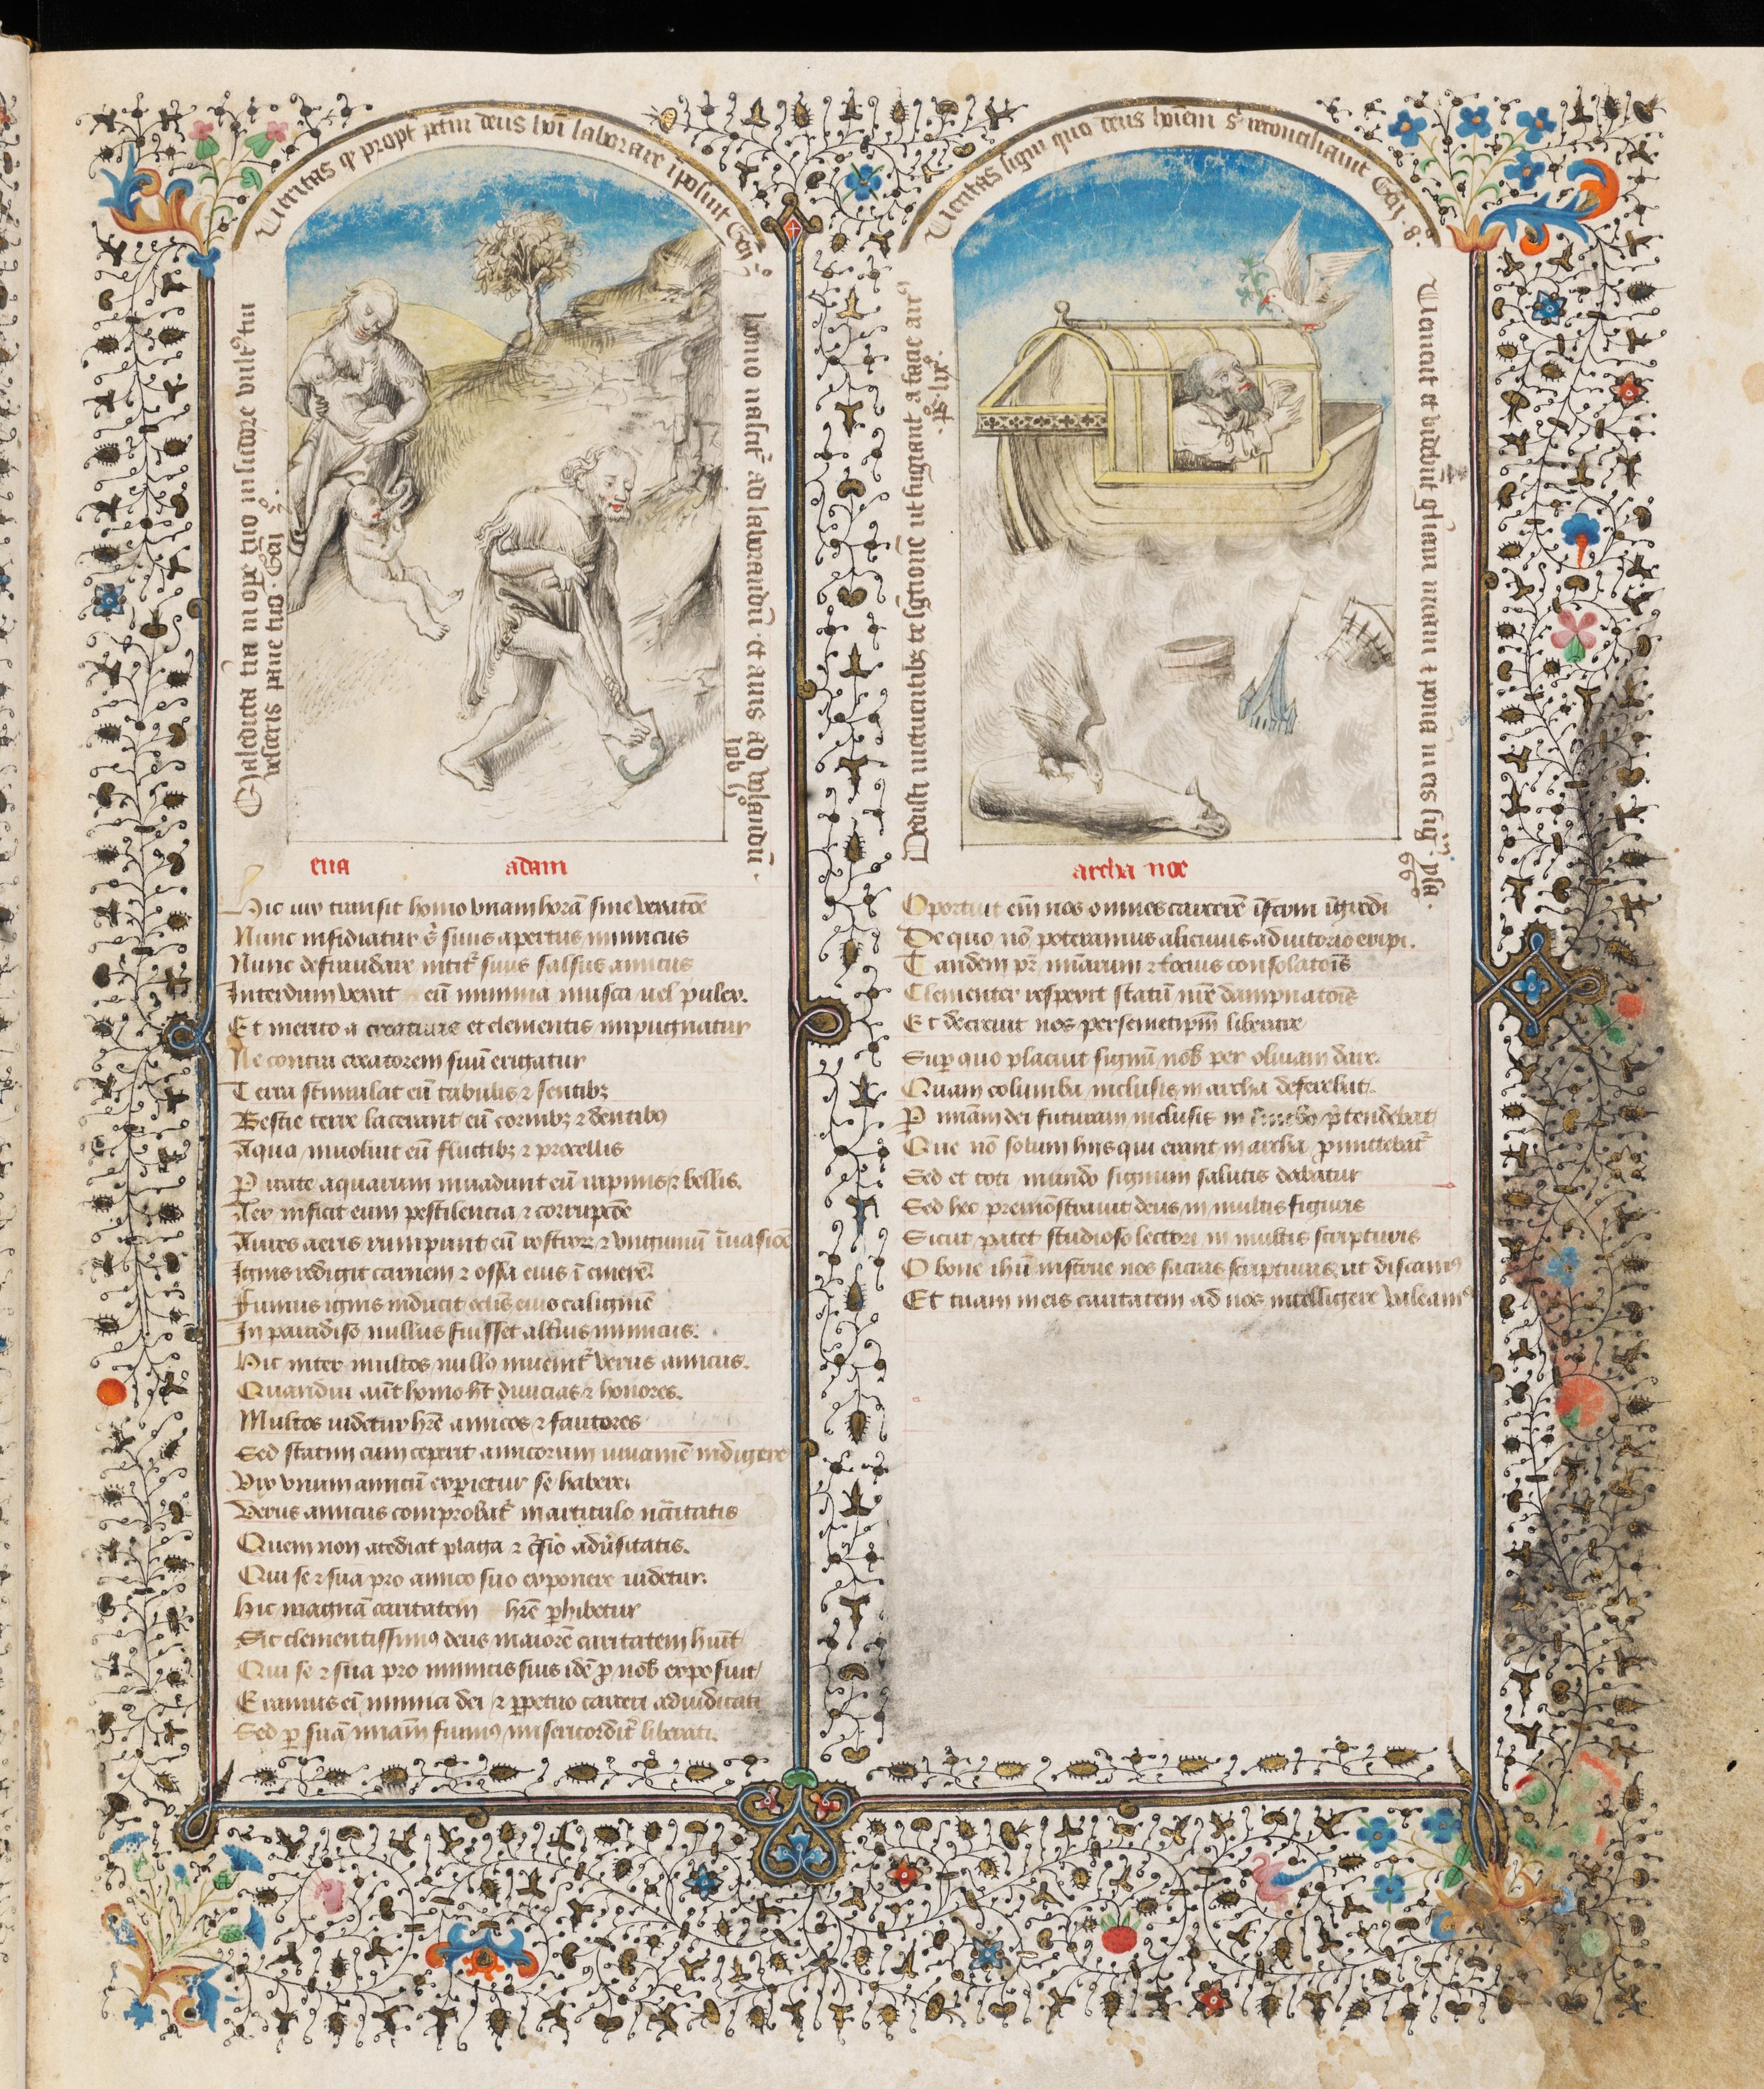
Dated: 1430–1450